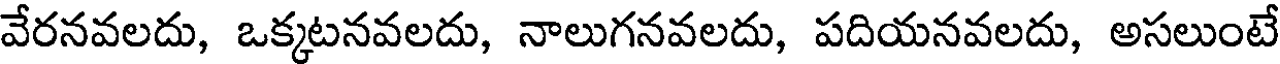
వేరనవలదు, ఒక్కటనవలదు, నాలుగనవలదు, పదియనవలదు, అసలుంటే